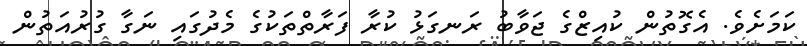
ކަމަށެވެ. އެގޮތުން ކުއިޒްގެ ޖަވާބު ރަނގަޅު ކުރާ ފަރާތްތަކުގެ މެދުގައި ނަގާ ގުރުއަތުން